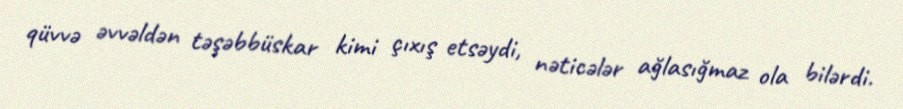
qüvvə əvvəldən təşəbbüskar kimi çıxış etsəydi, nəticələr ağlasığmaz ola bilərdi.